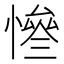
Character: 𢠊